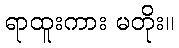
ရာထူးကား မတိုး။